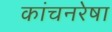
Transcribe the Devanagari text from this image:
कांचनरेषा